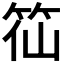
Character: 𥬍